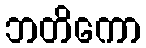
ဘတိကော